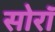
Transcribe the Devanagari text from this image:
सोरॉ